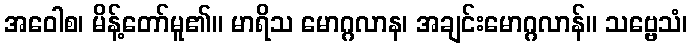
အဝေါစ၊ မိန့်တော်မူ၏။ မာရိသ မောဂ္ဂလာန၊ အချင်းမောဂ္ဂလာန်။ သဗ္ဗေသံ၊